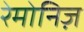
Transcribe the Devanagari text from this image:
रेमोनिज़